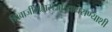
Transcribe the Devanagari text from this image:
शिवाजीमहाराजांच्याघराण्याशी